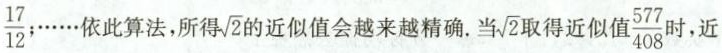
\frac { 1 7 } { 1 2 }$$；……依此算法，所得\sqrt{2}的近似值会越来越精确，当\sqrt{2}取得近似值\frac{577}{408}时，近